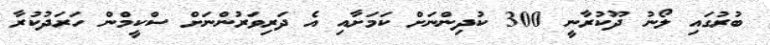
ބުރުގައި ލޯނު ދޫކުރާނީ 300 ކުދިންނަށް ކަމަށާއި އެ ދަރިވަރުންނަށް ސްކީމްން ހަރަދުކުރާ